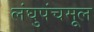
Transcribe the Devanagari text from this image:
लंघुपंचमूल